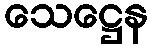
သေဋ္ဌေန